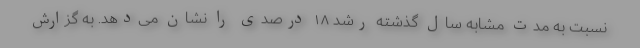
نسبت به مدت مشابه سال گذشته رشد ۱۸ درصدی را نشان می‌دهد. به گزارش